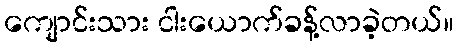
ကျောင်းသား ငါးယောက်ခန့်လာခဲ့တယ်။